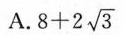
A. $$8 + 2 \sqrt { 3 }$$